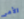
الأمر